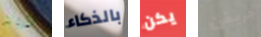
الأزواج بالذكاء يكن جريفن